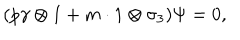
( p \gamma \otimes 1 + m \cdot 1 \otimes \sigma _ { 3 } ) \Psi = 0 ,